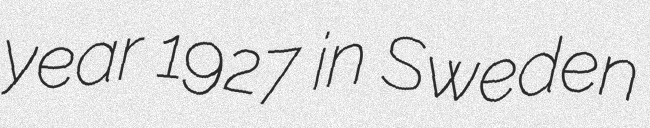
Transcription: year 1927 in Sweden